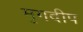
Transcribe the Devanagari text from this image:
मृगदीप